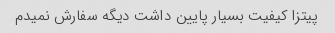
پیتزا کیفیت بسیار پایین داشت دیگه سفارش نمیدم